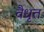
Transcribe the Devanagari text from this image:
वैधृत